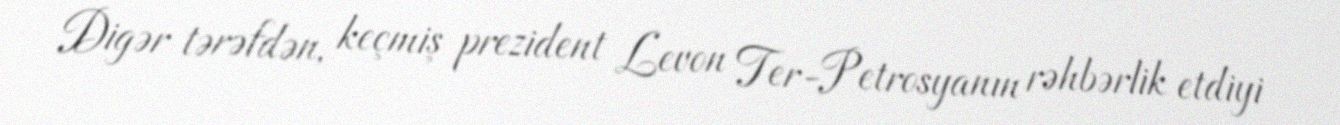
Digər tərəfdən, keçmiş prezident Levon Ter-Petrosyanın rəhbərlik etdiyi